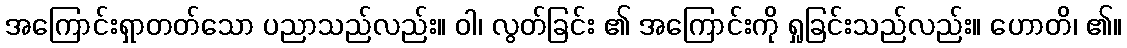
အကြောင်းရှာတတ်သော ပညာသည်လည်း။ ဝါ၊ လွတ်ခြင်း ၏ အကြောင်းကို ရှုခြင်းသည်လည်း။ ဟောတိ၊ ၏။